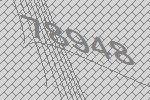
78948